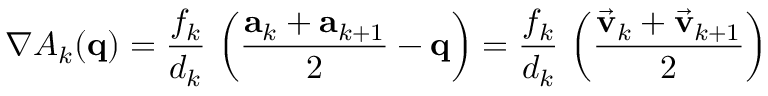
\nabla A _ { k } ( { \bf q } ) = \frac { f _ { k } } { d _ { k } } \, \left( \frac { { \bf a } _ { k } + { \bf a } _ { k + 1 } } { 2 } - { \bf q } \right) = \frac { f _ { k } } { d _ { k } } \, \left( \frac { \vec { \bf v } _ { k } + \vec { \bf v } _ { k + 1 } } { 2 } \right)